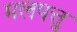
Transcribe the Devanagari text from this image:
मलपत्तु